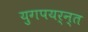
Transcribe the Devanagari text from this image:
युगपयर्न्त